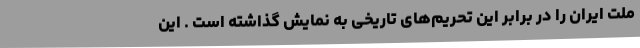
ملت ایران را در برابر این تحریم‌های تاریخی به نمایش گذاشته است . این